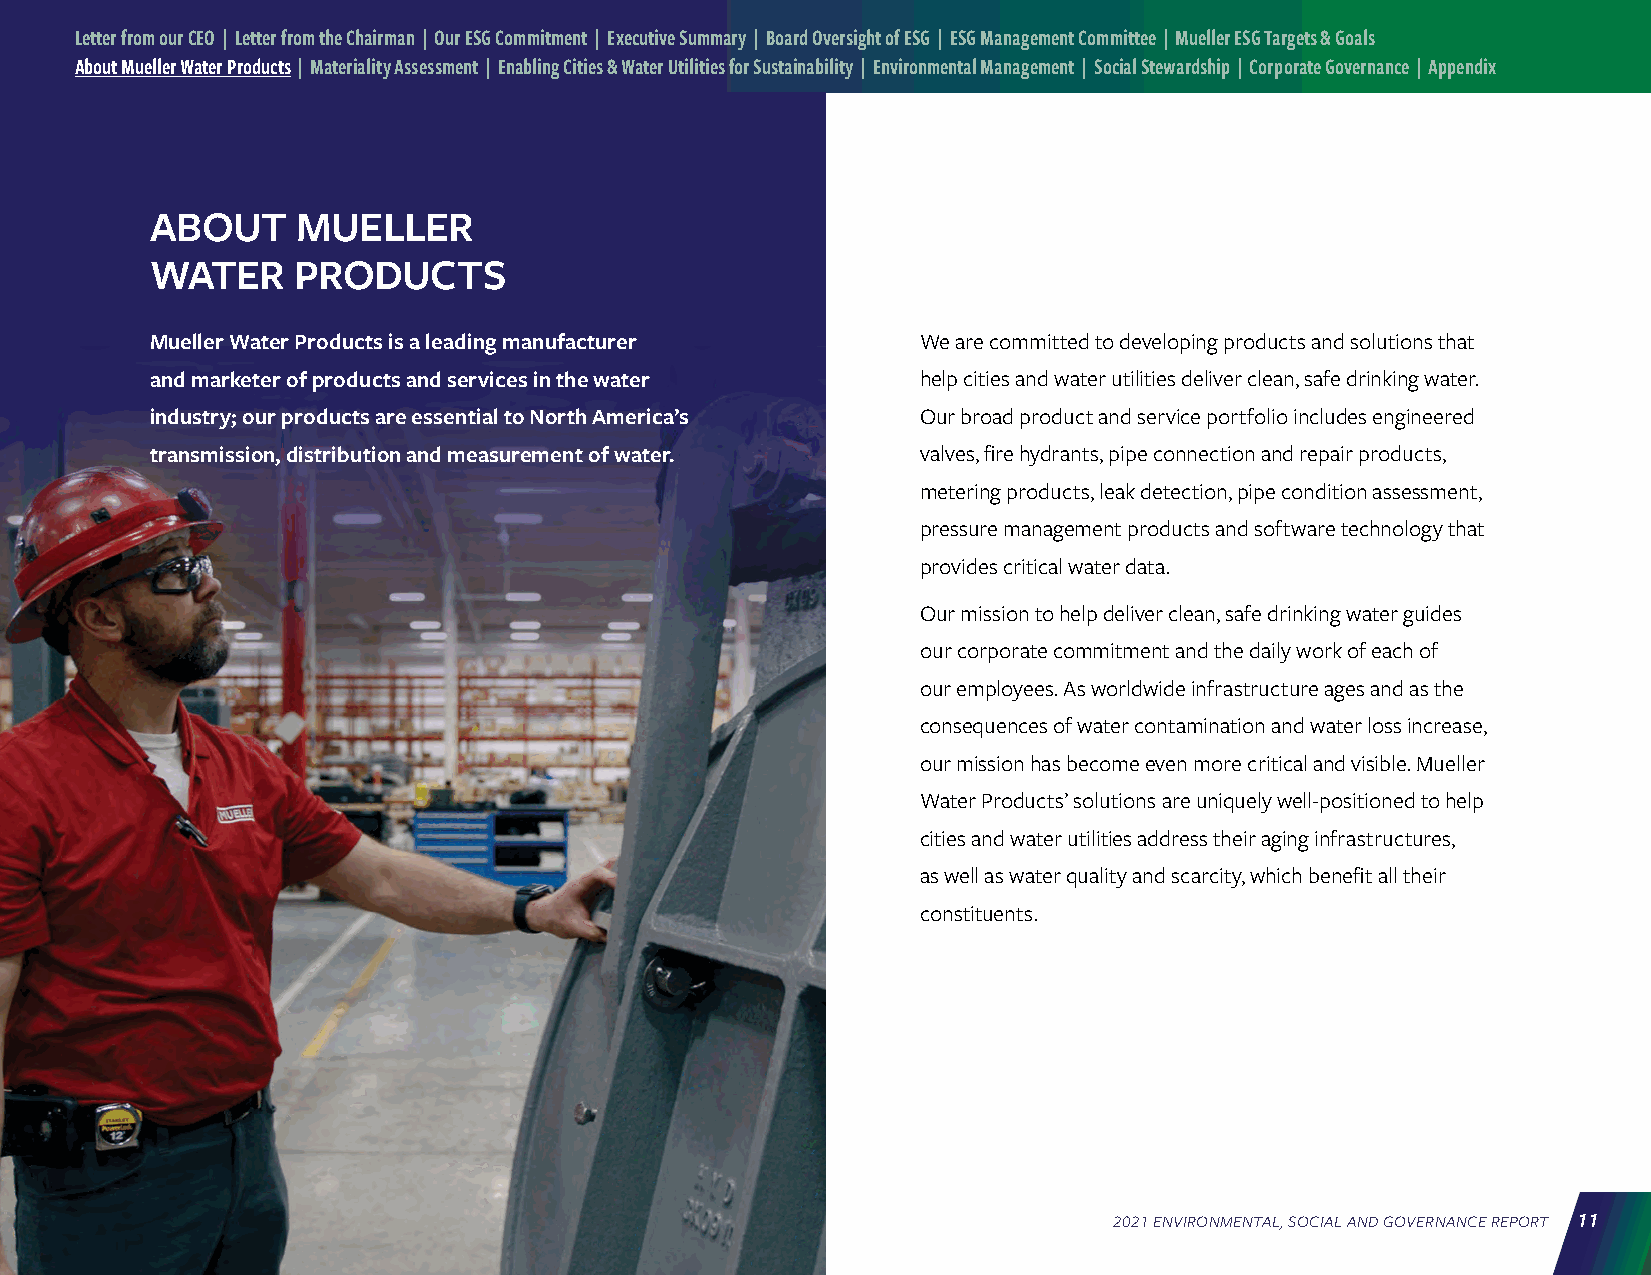
Letter from our CEO | Letter from the Chairman | Our ESG Commitment | Executive Summary | Board Oversight of ESG | ESG Management Committee | Mueller ESG Targets & Goals
 About Mueller Water Products | Materiality Assessment | Enabling Cities & Water Utilities for Sustainability | Environmental Management | Social Stewardship | Corporate Governance | Appendix
 ABOUT     MUELLER
 WATER    PRODUCTS
 Mueller Water Products is a leading manufacturer   We are committed to developing products and solutions that
 and marketer of products and services in the water help cities and water utilities deliver clean, safe drinking water.
 industry; our products are essential to North America’s Our broad product and service portfolio includes engineered
 transmission, distribution and measurement of water. valves, fire hydrants, pipe connection and repair products,
 metering products, leak detection, pipe condition assessment,
 pressure management products and software technology that
 provides critical water data.
 Our mission to help deliver clean, safe drinking water guides
 our corporate commitment and the daily work of each of
 our employees. As worldwide infrastructure ages and as the
 consequences of water contamination and water loss increase,
 our mission has become even more critical and visible. Mueller
 Water Products’ solutions are uniquely well-positioned to help
 cities and water utilities address their aging infrastructures,
 as well as water quality and scarcity, which benefit all their
 constituents.
 2021 ENVIRONMENTAL, SOCIAL AND GOVERNANCE REPORT 11